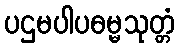
ပဌမပါပဓမ္မသုတ္တံ